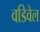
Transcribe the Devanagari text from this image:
वडिवेल